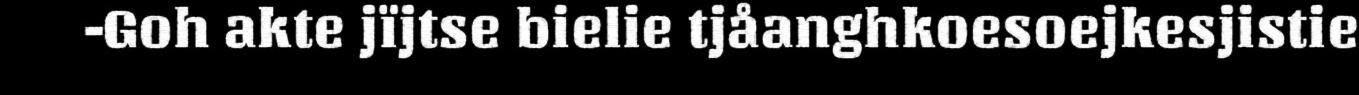
-Goh akte jïjtse bielie tjåanghkoesoejkesjistie